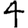
Digit: 4